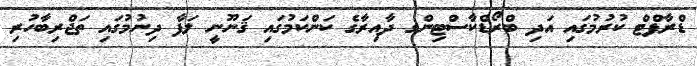
ޑްރާފްޓް ކުރުމުގައި އަދި ބްރޯޑްކާސްޓިންގ ދާއިރާގެ ކަންކަމުގައި ޤަނޫނީ ލަފާ ދިނުމުގައި ތަޖްރިބާހުރި